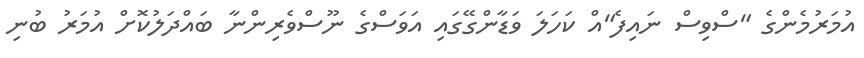
އުމަރުމެންގެ "ސްވިސް ނައިފެ"އް ކަހަލަ ވަޑާންގޭގައި އަވަސްގެ ނޫސްވެރިންނާ ބައްދަލުކޮށް އުމަރު ބުނި